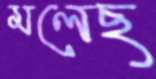
মলেছ